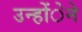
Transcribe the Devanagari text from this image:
उन्होंेने